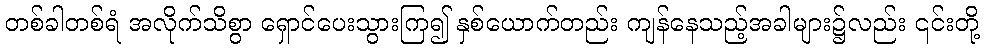
တစ်ခါတစ်ရံ အလိုက်သိစွာ ရှောင်ပေးသွားကြ၍ နှစ်ယောက်တည်း ကျန်နေသည့်အခါများ၌လည်း ၎င်းတို့